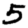
Digit: 5